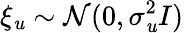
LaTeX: \xi_{\mathit{u}}\sim\mathcal{{N}}(0,\sigma_{\mathit{u}}^{2}I)